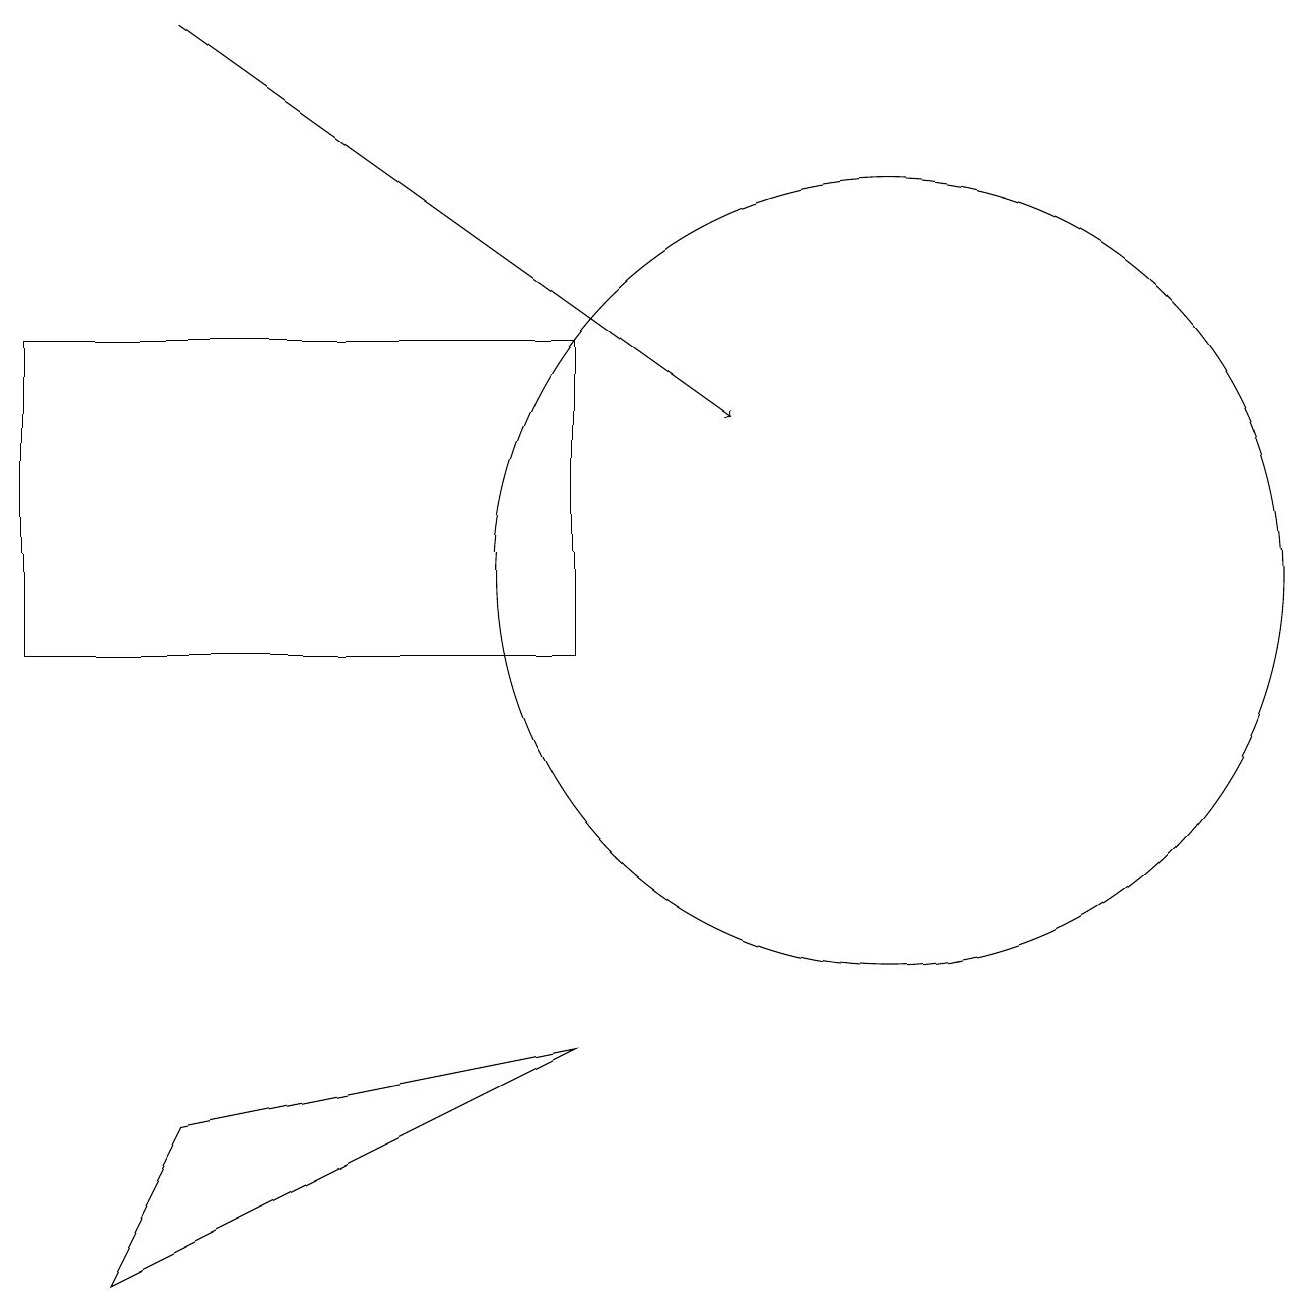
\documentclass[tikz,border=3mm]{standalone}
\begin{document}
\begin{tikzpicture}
\draw (2,5) -- (7,6) -- (1,3) -- cycle;
\draw (7,15) rectangle (0,11);
\draw (11,12) circle (5);
\draw[->] (2,19) -- (9,14);
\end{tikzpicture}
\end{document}